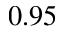
0 . 9 5